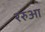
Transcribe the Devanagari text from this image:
ररुआ